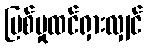
ပြစ်မှုထင်ရှားလျှင်